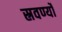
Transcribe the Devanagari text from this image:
स्रवर्ण्यो